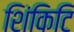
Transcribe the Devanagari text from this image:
शिंकिटि